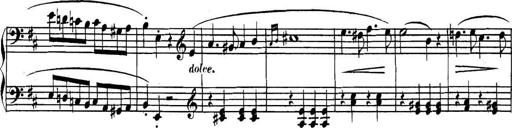
Title: Collected Piano Sonatas
Composer: Muzio Clementi